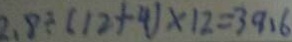
2 . 8 \div ( 1 2 + 4 ) \times 1 2 = 3 9 . 6